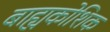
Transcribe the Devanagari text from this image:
बाह्यकोशिक